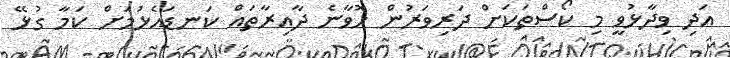
އަދި ވިދާޅުވީ މި ކޯސްތަކަށް ދަރިވަރުން ހޮވާނެ ދާއިރާތައް ކަނޑައެޅުމަށް ކަމާ ގުޅޭ